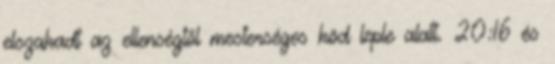
elszakadt az ellenségtől mesterséges köd leple alatt. 20:16 és